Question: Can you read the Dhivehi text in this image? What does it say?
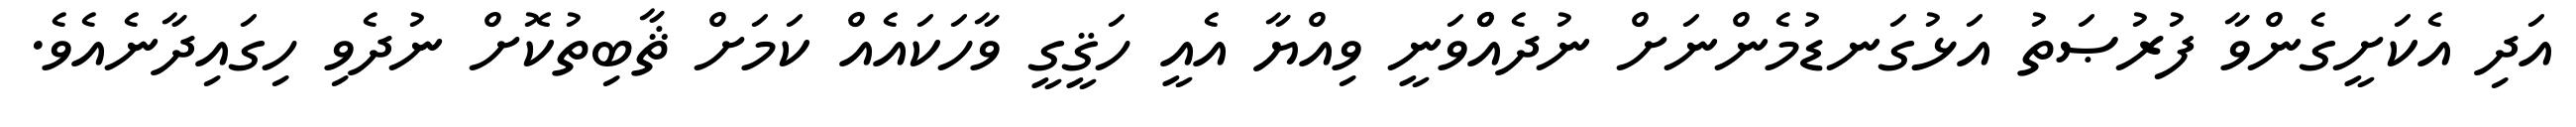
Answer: އަދި އެކަށީގެންވާ ފުރުޞަތު އަޅުގަނޑުމެންނަށް ނުދެއްްވަނީ ވިއްޔާ އެއީ ހަޤީގީ ވާހަކައެއް ކަމަށް ޘާބިތުކޮށް ނުދެވި ހިގައިދާނެއެވެ.